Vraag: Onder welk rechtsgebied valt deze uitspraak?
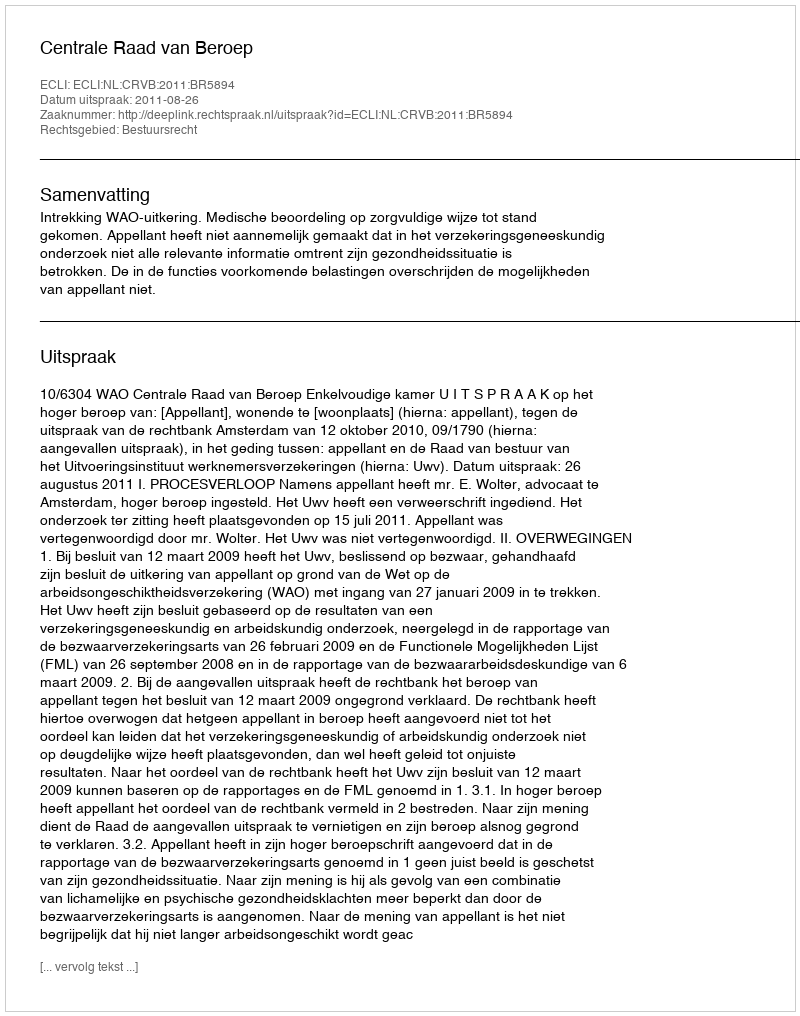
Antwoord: Bestuursrecht